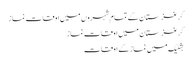
کرغزستان کے تمام شہروں میں اوقات نماز
کرغزستان میں اوقات نماز
بشکیک میں نماز کے اوقات